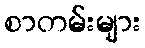
စာတမ်းများ